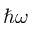
\hbar \omega